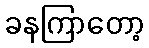
ခနကြာတော့